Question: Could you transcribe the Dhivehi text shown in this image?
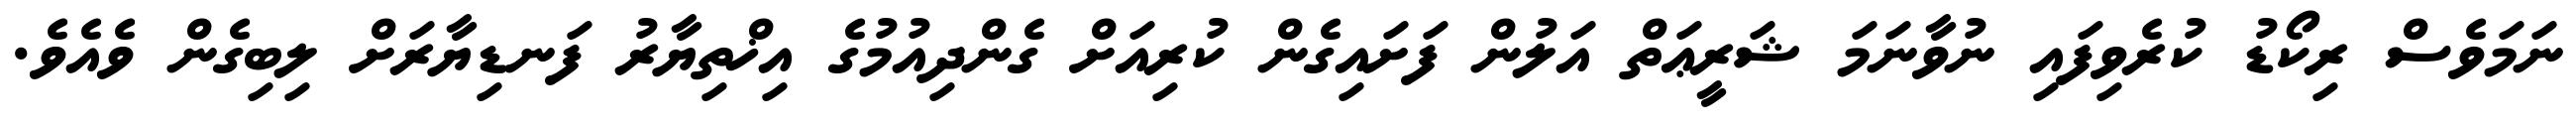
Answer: ނަމަވެސް ރިކޯޑު ކުރެވިފައި ނުވާނަމަ ޝަރީޢަތް އަލުން ފަށައިގެން ކުރިއަށް ގެންދިއުމުގެ އިޚްތިޔާރު ފަނޑިޔާރަށް ލިބިގެން ވެއެވެ.